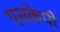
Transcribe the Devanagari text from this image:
एसकेपी